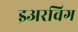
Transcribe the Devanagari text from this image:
इअरविग